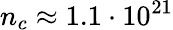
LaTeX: n_{c}\approx 1.1\cdot 10^{21}